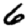
Digit: 6